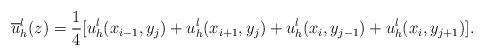
LaTeX: \begin{align*}\overline{u}_h^l(z)=\frac{1}{4}[u_h^{l}(x_{i-1},y_{j})+u_h^{l} (x_{i+1},y_{j})+u_h^{l}(x_{i},y_{j-1}) +u_h^{l} (x_{i},y_{j+1})].\end{align*}